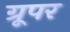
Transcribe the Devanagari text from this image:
ग्रूपर